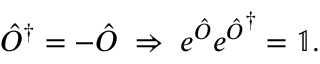
\hat { O } ^ { \dagger } = - \hat { O } \; \Rightarrow \; e ^ { \hat { O } } { e ^ { \hat { O } } } ^ { \dagger } = \mathbb { 1 } .